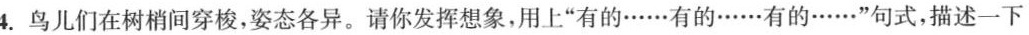
4.鸟儿们在树梢间穿梭，姿态各异。请你发挥想象，用上”有的……有的……有的……”句式，描述一下